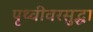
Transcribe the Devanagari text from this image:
पृथ्वीवरसुद्धा